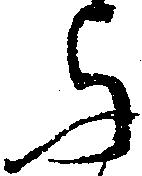
与